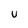
Character: U